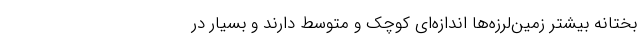
بختانه بیشتر زمین‌لرزه‌ها اندازه‌ای کوچک و متوسط دارند و بسیار در